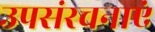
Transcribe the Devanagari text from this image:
उपसंरचनाएं